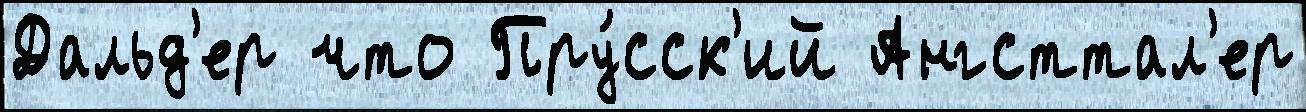
Дальд'ер что Пру́сск'ий Ангсттал'ер